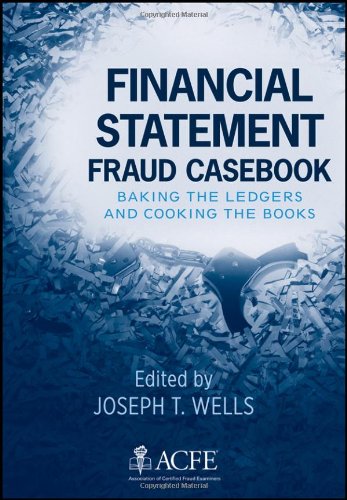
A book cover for Financial Statement Fraud Casebook: Baking the Ledgers and Cooking the Books; Biographies & Memoirs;